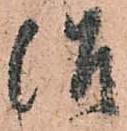
治